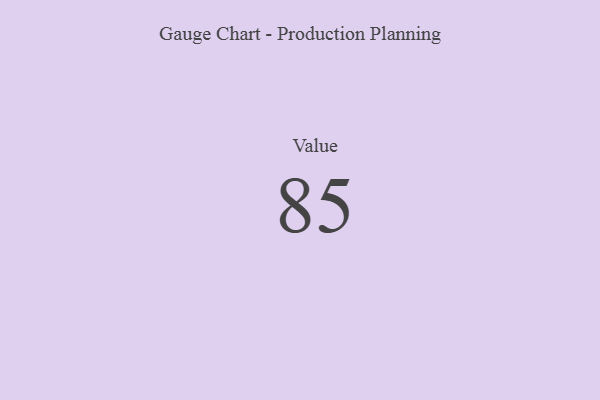
{"axis": {"x": "Metric", "y": "Value"}, "legend": [""], "data": [{"x": "Value", "y": 85, "type": ""}]}